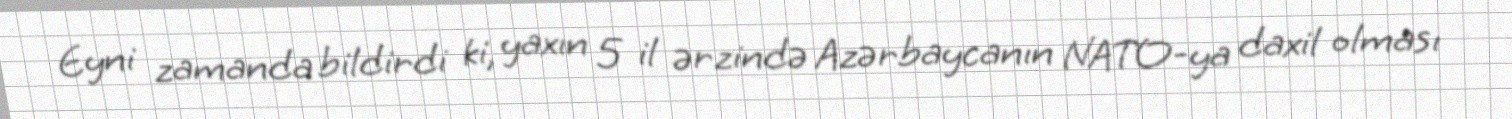
Eyni zamanda bildirdi ki, yaxın 5 il ərzində Azərbaycanın NATO-ya daxil olması